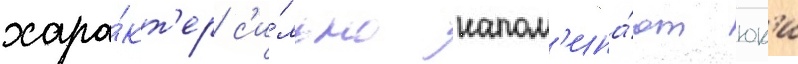
хара́кт'ер с'и́льно напом'ина́ют юк'и